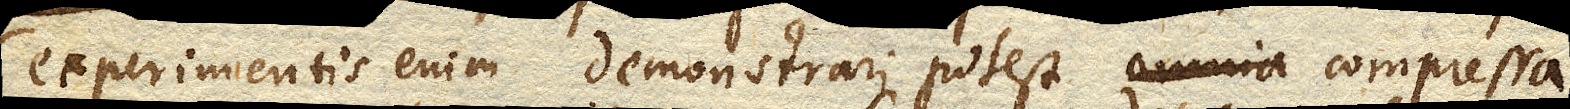
experimentis enim demonstrari potest omnia compressa